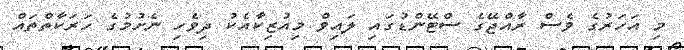
މި އަހަރުގެ ވެސް ރާއްޖޭގެ ސްޓޭންޑުގައި ލައިވް މިއުޒިކާއެކު ދިވެހި ނެށުމުގެ ހަރަކާތްތައް